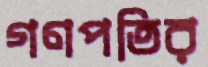
গণপতির